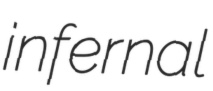
infernal